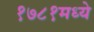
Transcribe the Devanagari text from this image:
१७८१मध्ये